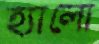
হ্যালো